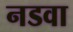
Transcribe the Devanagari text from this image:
नडवा